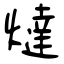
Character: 燵